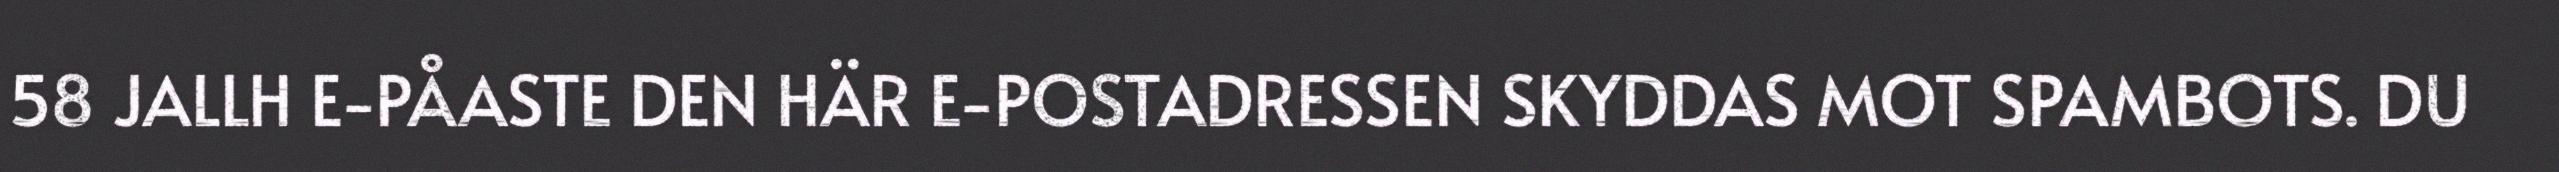
58 JALLH E-PÅASTE DEN HÄR E-POSTADRESSEN SKYDDAS MOT SPAMBOTS. DU